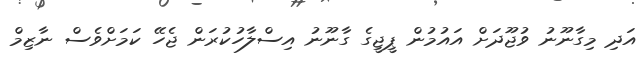
އަދި މިގާނޫނު ވުޖޫދަށް އައުމުން ޕީޖީގެ ގާނޫނު އިސްލާހުކުރަން ޖެހޭ ކަމަށްވެސް ނާޒިމް